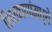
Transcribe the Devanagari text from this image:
शिरकाणांमध्ये